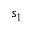
s _ { 1 }